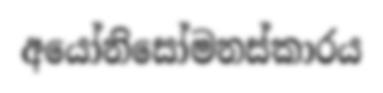
අයෝනිසෝමනස්කාරය